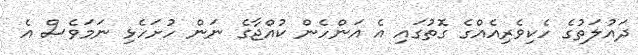
ދައުލަތުގެ ހެކިވެރިއެއްގެ ގޮތުގައި އެ އަންހެން ކުއްޖާގެ ނަން ހުށަހެޅި ނަމަވެސް އެ